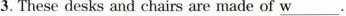
3. These desks and chairs are made of